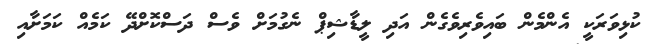
ކުޅިވަރަކީ އެންމެން ބައިވެރިވެގެން އަދި ލީޑާޝިޕް ނެގުމަށް ވެސް ދަސްކޮށްދޭ ކަމެއް ކަމަށާއި